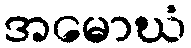
အမောဃံ